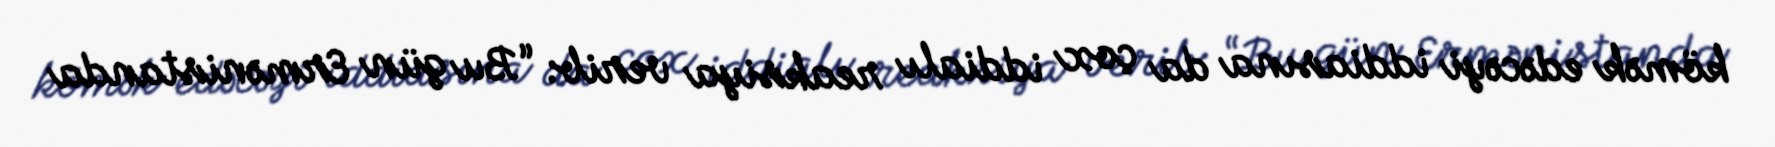
kömək edəcəyi iddiasına da çox iddialı reaksiya verib: “Bu gün Ermənistanda